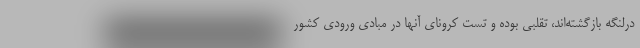
درلنگه بازگشته‌اند، تقلبی بوده و تست کرونای آنها در مبادی ورودی کشور